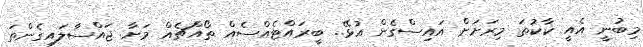
މިބުނީ އެއީ ކާކުތަ މިރަށަށް އައިސްގެން އުޅޭ.. ބީރައްޓެއްސެއް ތޯއްޗެއް މަށާ ޖައްސާލައިގެންތަ